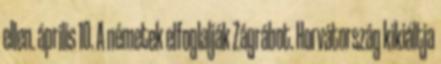
ellen. április 10. A németek elfoglalják Zágrábot. Horvátország kikiáltja